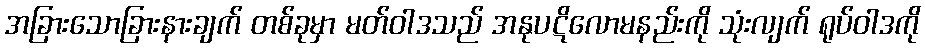
အခြားသောခြားနားချက် တစ်ခုမှာ မတ်ဝါဒသည် အနုပဋိလောမနည်းကို သုံးလျက် ရုပ်ဝါဒကို